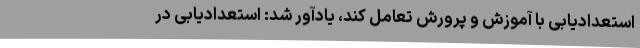
استعدادیابی با آموزش و پرورش تعامل کند، یادآور شد: استعدادیابی در